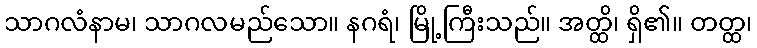
သာဂလံနာမ၊ သာဂလမည်သော။ နဂရံ၊ မြို့ကြီးသည်။ အတ္ထိ၊ ရှိ၏။ တတ္ထ၊